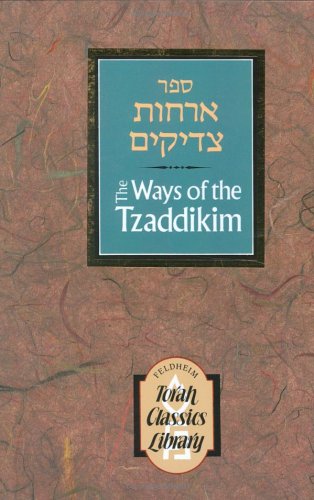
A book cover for Ways of the Tzaddikim: Orchos Tzaddikim (Torah Classics Library) (English and Hebrew Edition); Religion & Spirituality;